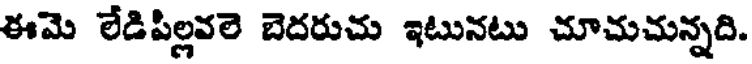
ఈమె లేడిపిల్లవలె బెదరుచు ఇటునటు చూచుచున్నది.